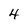
Character: 4